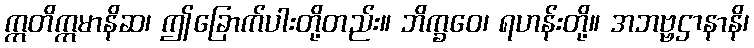
ဣတိဣမာနိဆ၊ ဤခြောက်ပါးတို့တည်း။ ဘိက္ခဝေ၊ ရဟန်းတို့။ အဘဗ္ဗဌာနာနိ၊